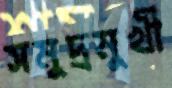
সমুদ্রমুখী